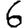
Digit: 6